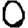
Digit: 0